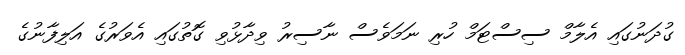
ގުދަނުގައި އެލާމް ސިސްޓަމް ހުރި ނަމަވެސް ނާސިރު ވިދާޅުވި ގޮތުގައި އެވަރުގެ އަލިފާނުގެ